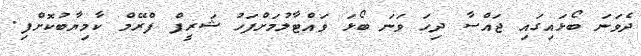
ދެވަނަ ބޯޅައިގައި ޖައްސާ ދިހަ ވަނަ ބޯޅަ ވައްޓާލުމަށްފަހު ޝަރީފް ފްރޭމް ކާމިޔާބުކޮށްފި.